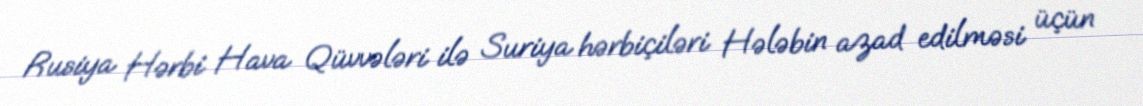
Rusiya Hərbi Hava Qüvvələri ilə Suriya hərbiçiləri Hələbin azad edilməsi üçün